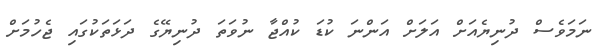
ނަމަވެސް ދުނިޔެއަށް އަލަށް އަންނަ ކުޑަ ކުއްޖާ ނުވަތަ ދުނިޔޭގެ ދަޅަތަކުގައި ޖެހުމަށް